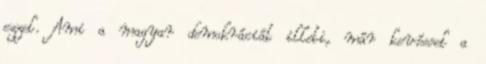
ezzel. Ami a magyar demokráciát illeti, már kevéssel a